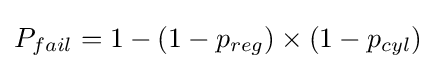
P_{fail}=1-(1-p_{reg})\times (1-p_{cyl})